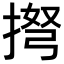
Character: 𢮫